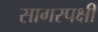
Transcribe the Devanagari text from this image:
सागरपक्षी